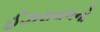
ઈઝરાયલનો